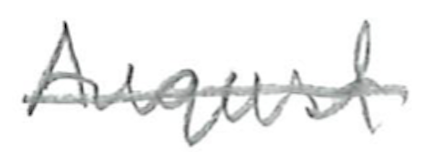
Text: August
Cross-out: single-line
Writing tool: pencil